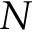
N